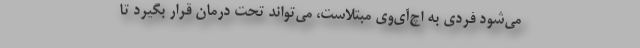
می‌شود فردی به اچ‌آی‌وی مبتلاست، می‌تواند تحت درمان قرار بگیرد تا